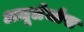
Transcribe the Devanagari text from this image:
अज़ूलेजोस